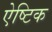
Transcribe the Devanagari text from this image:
ऐष्टिक